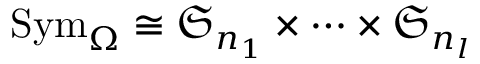
\mathrm { S y m } _ { \Omega } \cong \mathfrak { S } _ { n _ { 1 } } \times \cdots \times \mathfrak { S } _ { n _ { l } }